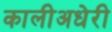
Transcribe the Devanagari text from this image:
कालीअधेरी